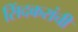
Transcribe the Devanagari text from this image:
सिंदकरांची